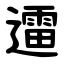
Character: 䢮